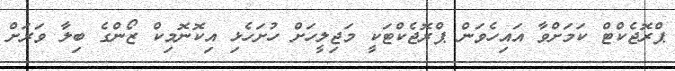
ޕްރޮޖެކްޓް ކަމަށްވާ އައިހެވަން ޕްރޮޖެކްޓަކީ މަޖިލީހަށް ހުށަހެޅި އިކޮނޮމިކް ޒޯންގެ ބިލާ ވަރަށް